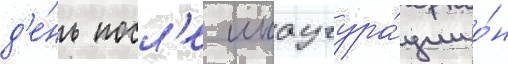
д'е́нь посл'е инаугура́ции о́н